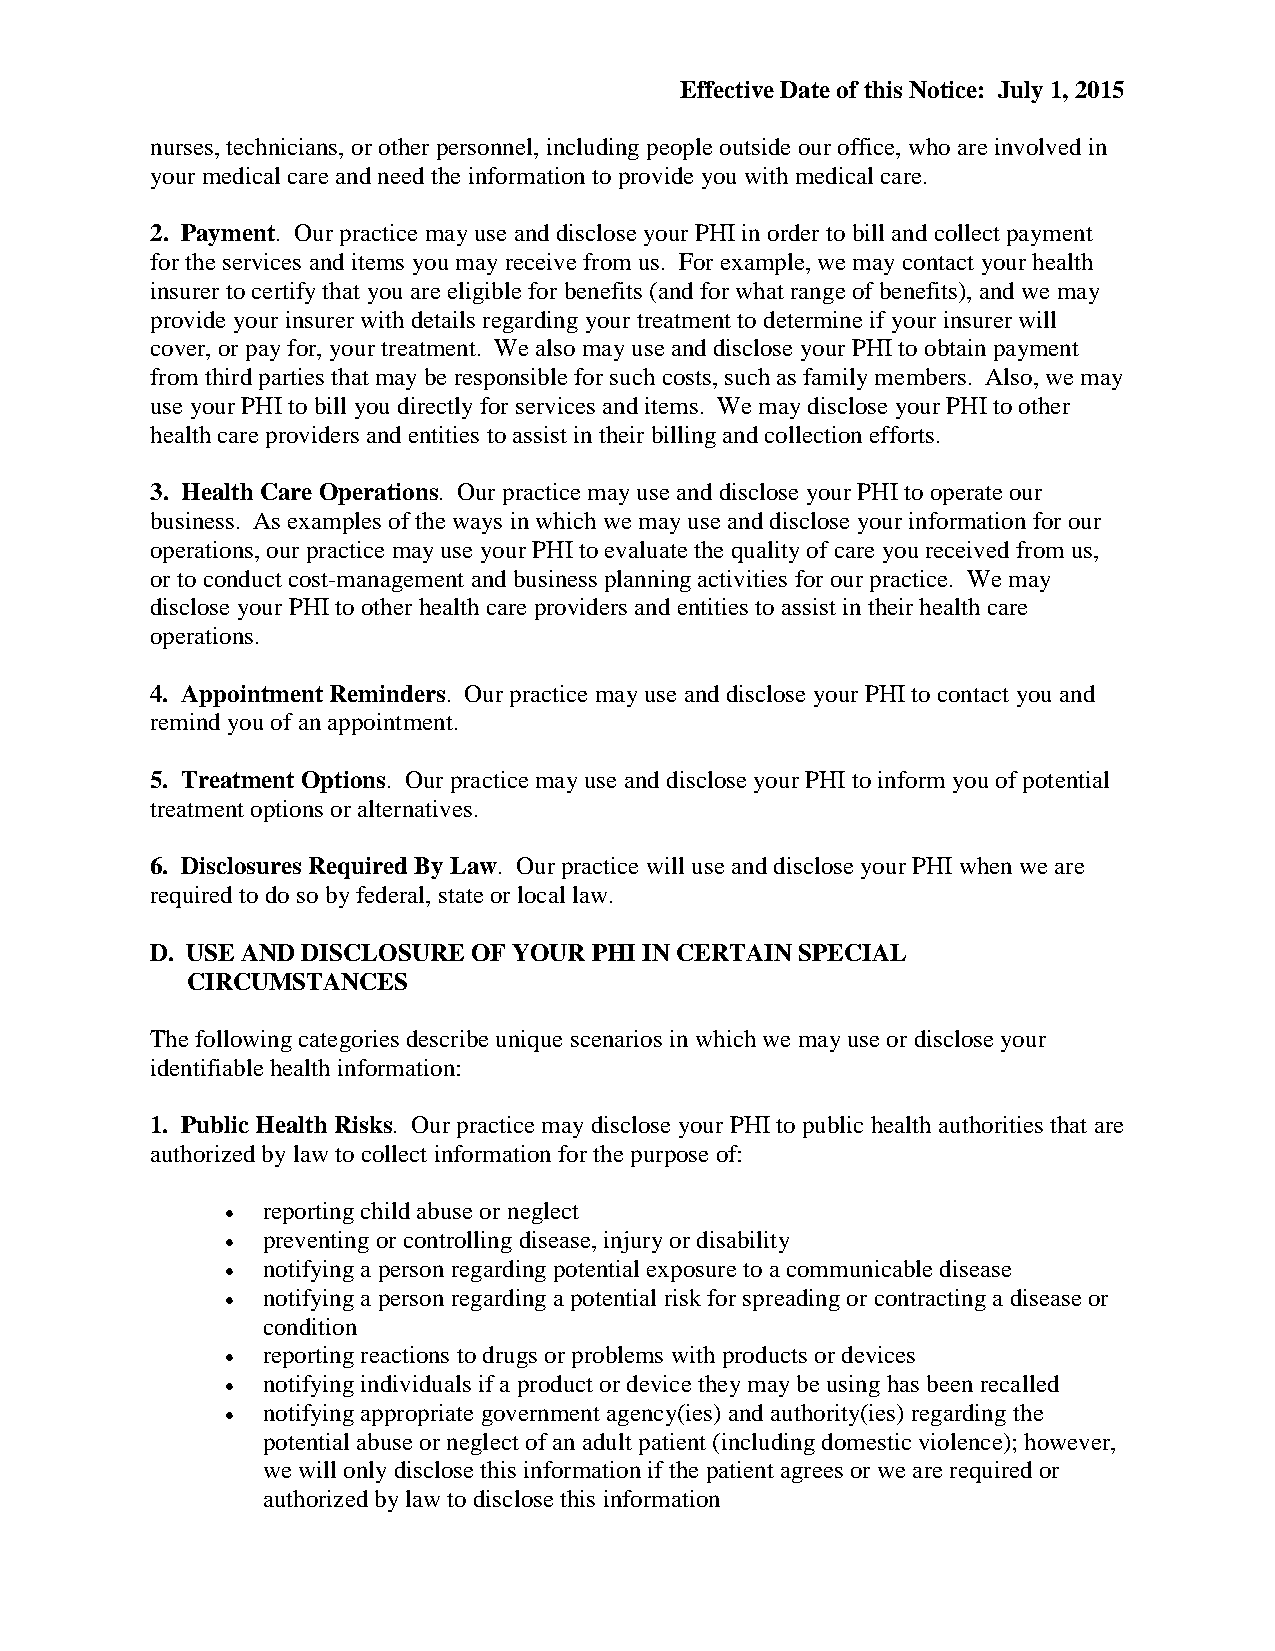
Effective Date of this Notice: July 1, 2015
 nurses, technicians, or other personnel, including people outside our office, who are involved in
 your medical care and need the information to provide you with medical care.
 2. Payment. Our practice may use and disclose your PHI in order to bill and collect payment
 for the services and items you may receive from us. For example, we may contact your health
 insurer to certify that you are eligible for benefits (and for what range of benefits), and we may
 provide your insurer with details regarding your treatment to determine if your insurer will
 cover, or pay for, your treatment. We also may use and disclose your PHI to obtain payment
 from third parties that may be responsible for such costs, such as family members. Also, we may
 use your PHI to bill you directly for services and items. We may disclose your PHI to other
 health care providers and entities to assist in their billing and collection efforts.
 3. Health Care Operations. Our practice may use and disclose your PHI to operate our
 business. As examples of the ways in which we may use and disclose your information for our
 operations, our practice may use your PHI to evaluate the quality of care you received from us,
 or to conduct cost-management and business planning activities for our practice. We may
 disclose your PHI to other health care providers and entities to assist in their health care
 operations.
 4. Appointment Reminders. Our practice may use and disclose your PHI to contact you and
 remind you of an appointment.
 5. Treatment Options. Our practice may use and disclose your PHI to inform you of potential
 treatment options or alternatives.
 6. Disclosures Required By Law. Our practice will use and disclose your PHI when we are
 required to do so by federal, state or local law.
 D. USE AND DISCLOSURE OF YOUR PHI IN CERTAIN SPECIAL
 CIRCUMSTANCES
 The following categories describe unique scenarios in which we may use or disclose your
 identifiable health information:
 1. Public Health Risks. Our practice may disclose your PHI to public health authorities that are
 authorized by law to collect information for the purpose of:
 • reporting child abuse or neglect
 • preventing or controlling disease, injury or disability
 • notifying a person regarding potential exposure to a communicable disease
 • notifying a person regarding a potential risk for spreading or contracting a disease or
 condition
 • reporting reactions to drugs or problems with products or devices
 • notifying individuals if a product or device they may be using has been recalled
 • notifying appropriate government agency(ies) and authority(ies) regarding the
 potential abuse or neglect of an adult patient (including domestic violence); however,
 we will only disclose this information if the patient agrees or we are required or
 authorized by law to disclose this information